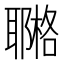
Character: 鿤